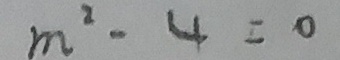
m ^ { 2 } - 4 = 0